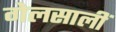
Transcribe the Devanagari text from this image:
गेलसालीं